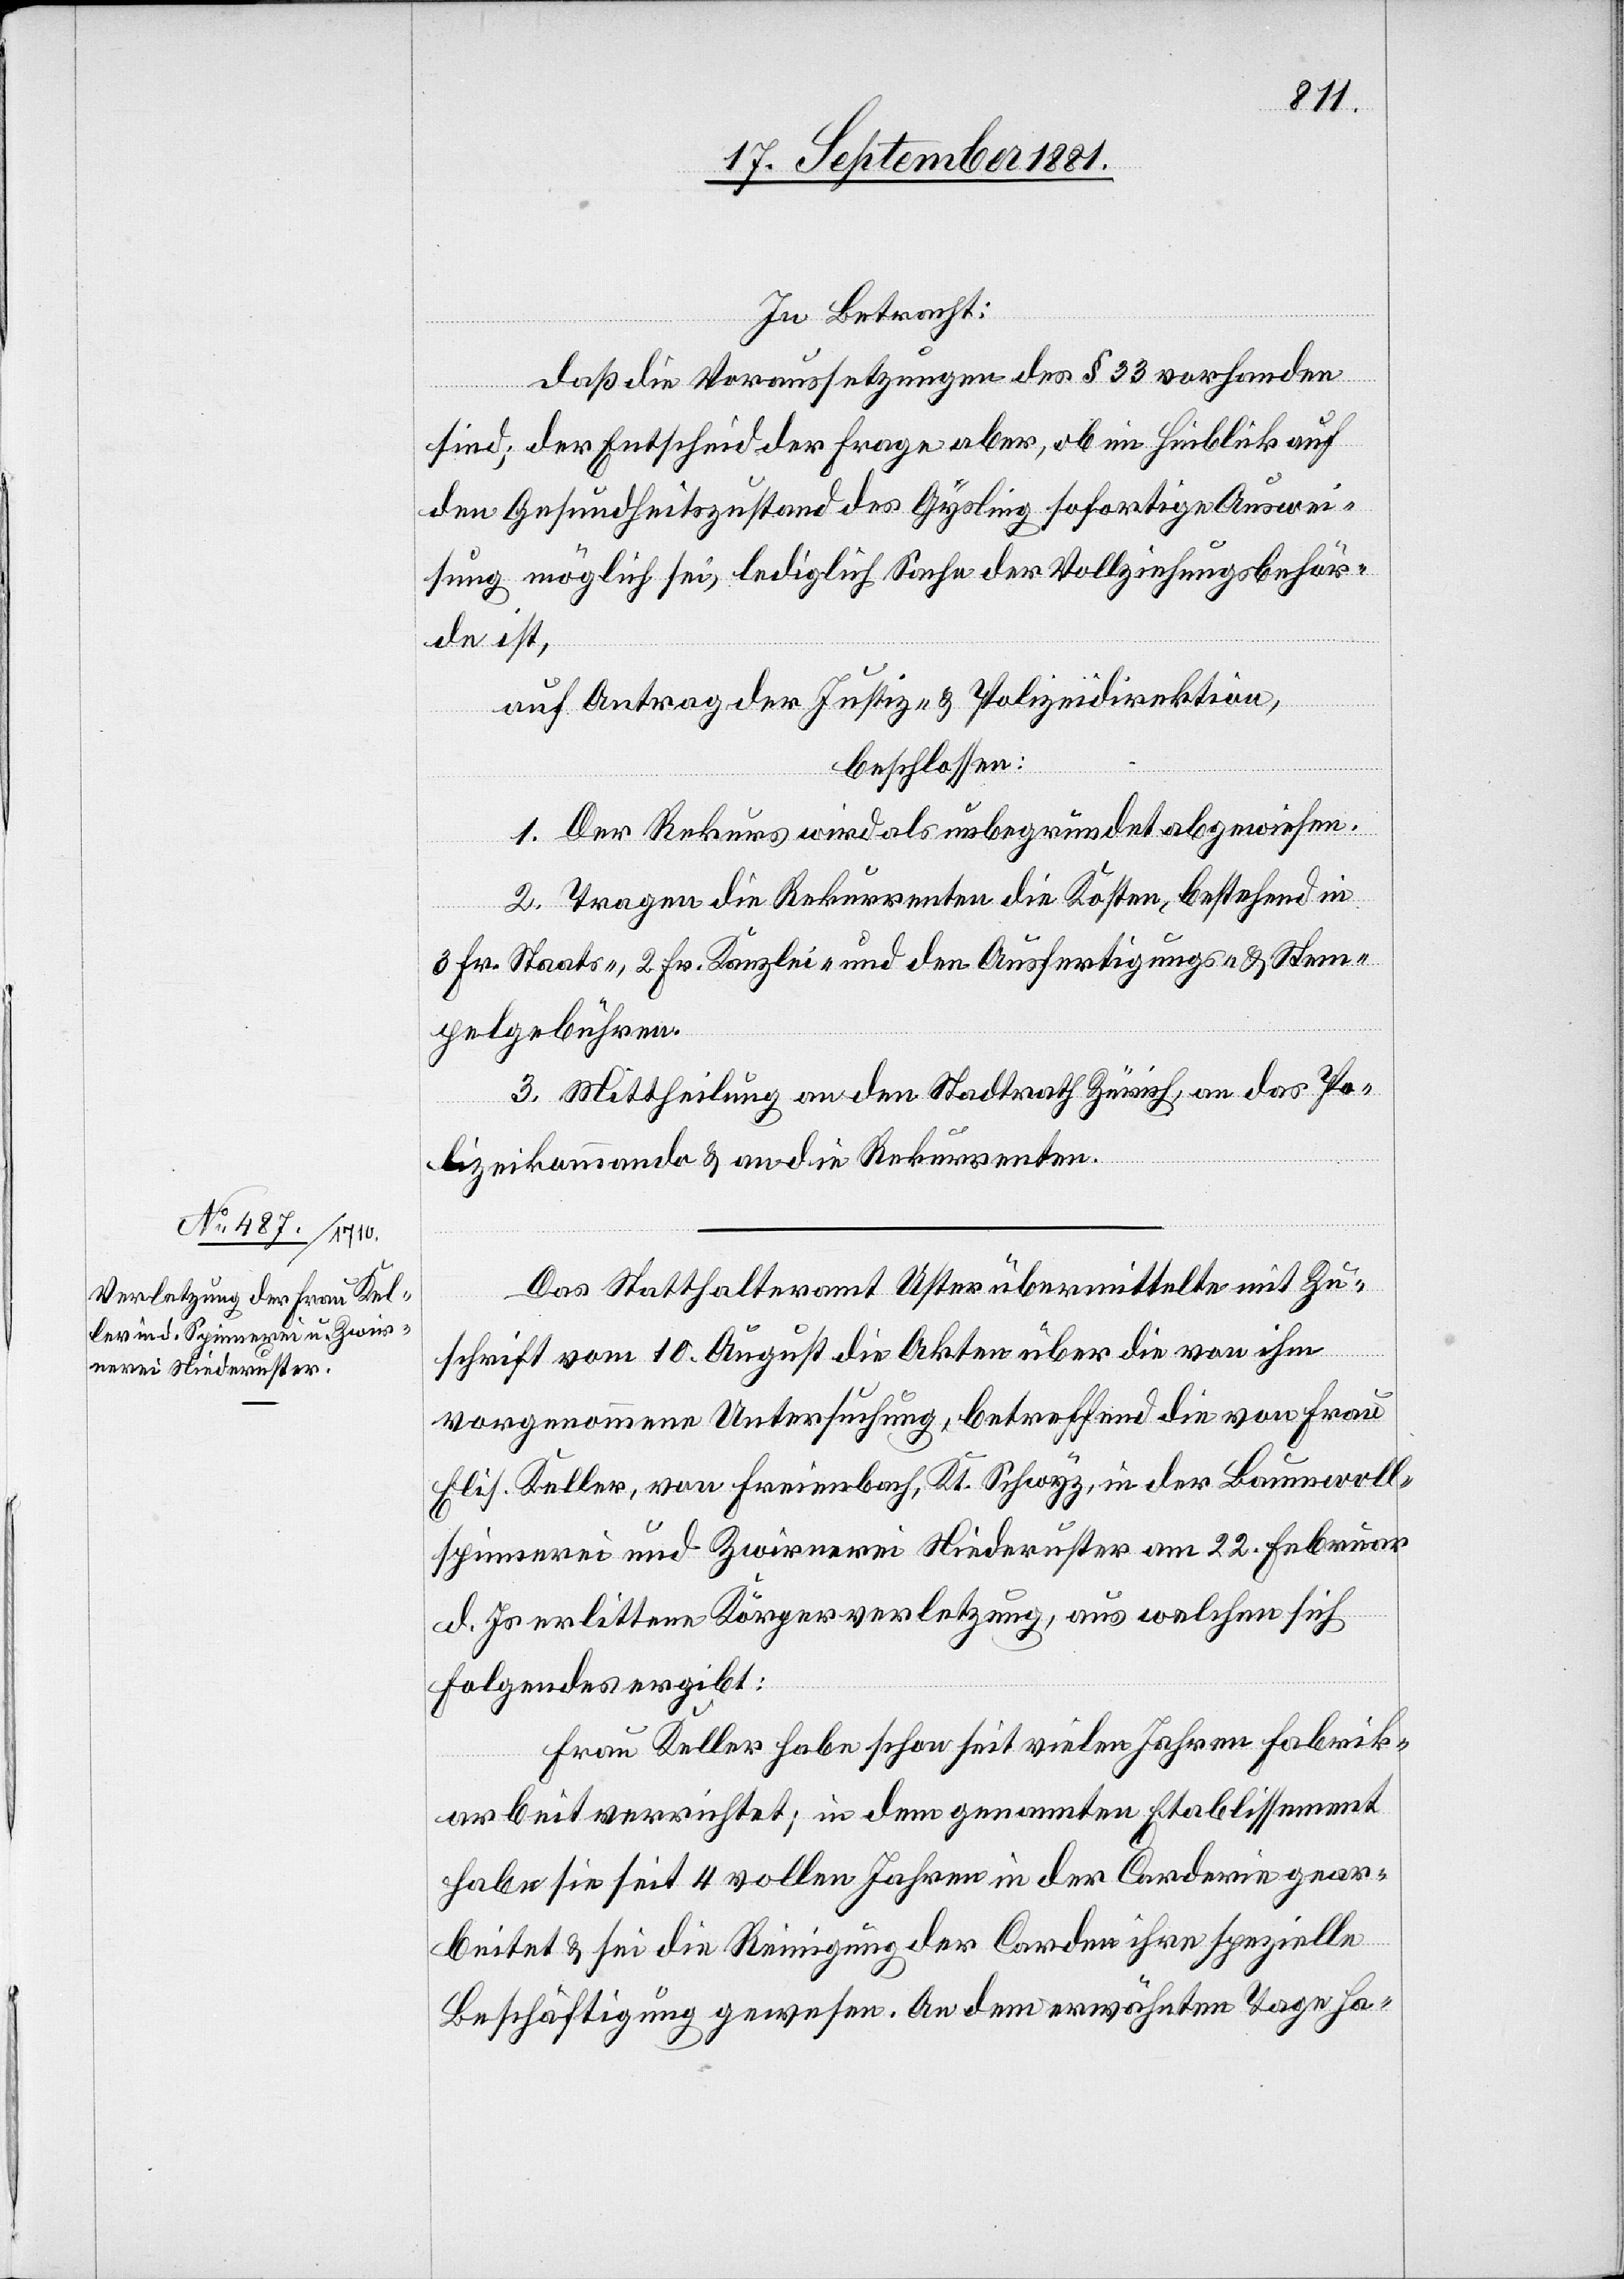
In Betracht:
daß die Voraussetzungen des § 33 vorhanden
sind; der Entscheid der Frage aber, ob im Hinblick auf
den Gesundheitszustand des Gysling sofortige Auswei¬
sung möglich sei, lediglich Sache der Vollziehungsbehör¬
den ist,
auf Antrag der Justiz- & Polizeidirektion,
beschlossen:
1. Der Rekurs wird als unbegründet abgewiesen.
2. Tragen die Rekurrenten die Kosten, bestehend in
3. Fr. Staats-, 2. Fr. Kanzlei- und den Ausfertigungs- & Stem¬
pelgebühren.
3. Mittheilung an den Stadtrath Zürich, an das Po¬
lizeikommando & an die Rekurrenten.
Das Statthalteramt Uster übermittelte mit Zu¬
schrift vom 10. August die Akten über die von ihm
vorgenommene Untersuchung, betreffend die von Frau
Elis. Keller, von Freienbach, Kt. Schwyz, in der Baumwoll¬
spinnerei und Zwirnerei Niederuster am 22. Februar
d. Js. erlittene Körperverletzung, aus welchen sich
Folgendes ergibt:
Frau Keller habe schon seit vielen Jahren Fabrik¬
arbeit verrichtet; in dem genannten Etablissement
habe sie seit 4 vollen Jahren in der Corderie gear¬
beitet & sei die Reinigung der Corden ihre spezielle
Beschäftigung gewesen. An dem erwähnten Tage ha-